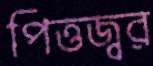
পিত্তজ্বর